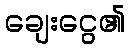
ချေးငွေ၏